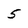
Character: 5